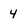
Character: 4